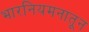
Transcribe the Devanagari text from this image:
भारनियमनातून